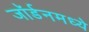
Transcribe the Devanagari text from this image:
जॉर्डनमध्ये